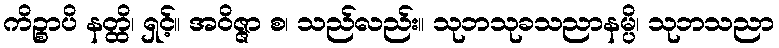
ကိဉ္စာပိ နတ္ထိ၊ ရှင့်။ အဝိဇ္ဇာ စ၊ သည်လည်း။ သုဘသုခသညာနမ္ပိ၊ သုဘသညာ